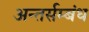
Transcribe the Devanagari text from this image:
अन्तर्सम्बंध